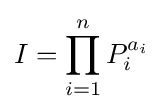
I=\prod _{i=1}^{n}P_{i}^{a_{i}}